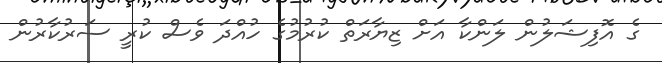
ގެ އޮފިޝަލުން ލަންކާ އަށް ޒިޔާރަތް ކުރުމުގެ ހުއްދަ ވެސް ކުރީ ސަރުކާރުން